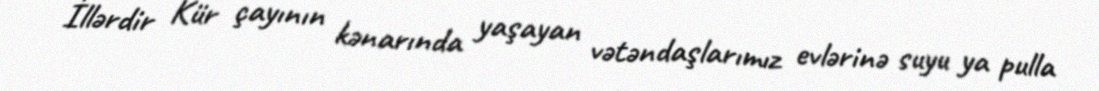
İllərdir Kür çayının kənarında yaşayan vətəndaşlarımız evlərinə suyu ya pulla